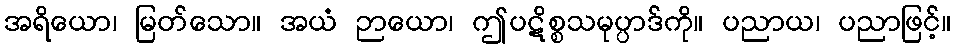
အရိယော၊ မြတ်သော။ အယံ ဉာယော၊ ဤပဋိစ္စသမုပ္ပာဒ်ကို။ ပညာယ၊ ပညာဖြင့်။